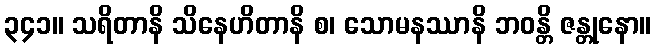
၃၄၁။ သရိတာနိ သိနေဟိတာနိ စ၊ သောမနဿာနိ ဘဝန္တိ ဇန္တုနော။